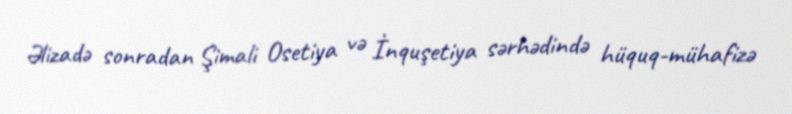
Əlizadə sonradan Şimali Osetiya və İnquşetiya sərhədində hüquq-mühafizə